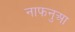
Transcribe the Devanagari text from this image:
नाफनुआ